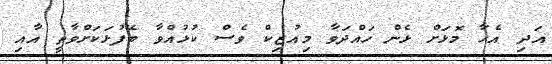
އަދި އެހާ މޮޅަށް ޅެން ހައްދަވާ މިއުޒިކް ވެސް ކުޅުއްވާ ބޭފުޅަކަށްވާތީ އާއި